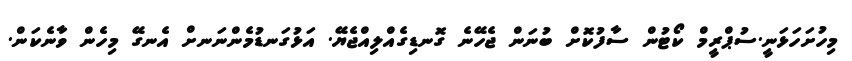
މިހުށަހަޅަނީ.ސުޕްރީމް ކޯޓުން ސާފުކޮށް ބުނަން ޖެހޭނެ ގޮނޑިގެއްލިއްޖެޔޭ. އަޅުގަނޑުމެންނަނށް އެނގޭ މިހެން ވާނެކަން.